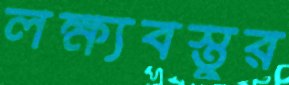
লক্ষ্যবস্তুর